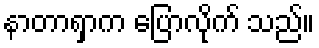
နာတာရှာက ပြောလိုက် သည်။